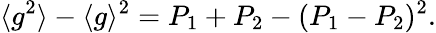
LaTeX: {\langle g^{2}\rangle-\langle g\rangle^{2}=P_{1}+P_{2}-(P_{1}-P_{2})^{2}}.